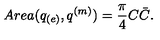
A r e a ( q _ { ( e ) } , q ^ { ( m ) } ) = { \frac { \pi } { 4 } } C \bar { C } .